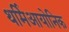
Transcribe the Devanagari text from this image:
थर्मिआयोनिक